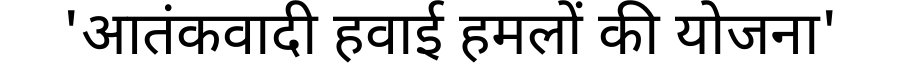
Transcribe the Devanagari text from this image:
'आतंकवादी हवाई हमलों की योजना'